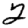
Digit: 2